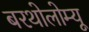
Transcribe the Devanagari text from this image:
बरथोलोम्यू